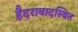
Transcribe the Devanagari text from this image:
हैदराबादस्थित